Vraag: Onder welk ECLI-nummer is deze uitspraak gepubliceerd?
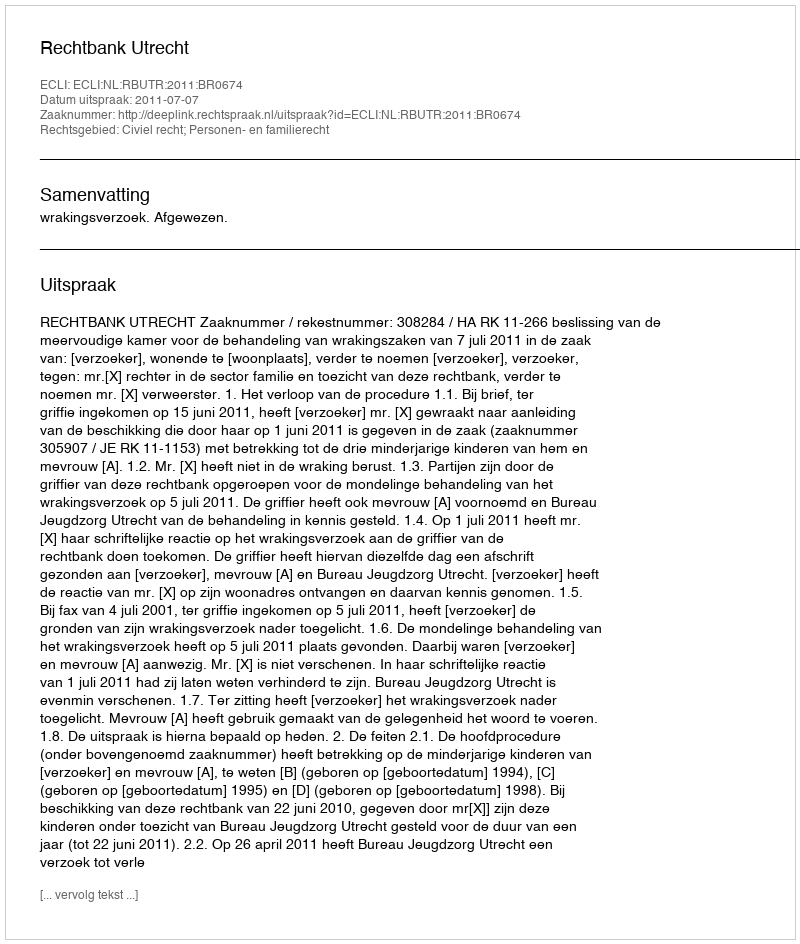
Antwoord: ECLI:NL:RBUTR:2011:BR0674